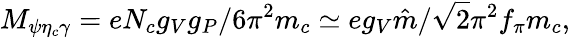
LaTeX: M_{\psi\eta_{c}\gamma}=eN_{c}g_{V}g_{P}/6\pi^{2}m_{c}\simeq eg_{V}\hat{m}/\sqrt{2}\pi^{2}f_{\pi}m_{c},